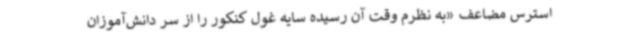
استرس مضاعف «به نظرم وقت آن رسیده سایه غول کنکور را از سر دانش‌آموزان